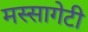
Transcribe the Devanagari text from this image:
मस्सागेटी